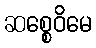
ဆစ္စေဝိမေ